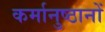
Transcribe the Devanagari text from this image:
कर्मानुष्ठानों